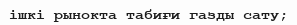
ішкі рынокта табиғи газды сату;